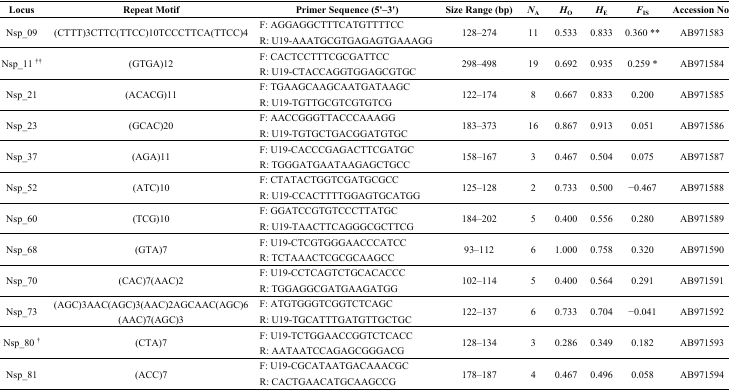
<table><thead><tr><td><b>Locus</b></td><td><b>Repeat Motif</b></td><td><b>Primer Sequence (5&#x27;–3&#x27;)</b></td><td><b>Size Range (bp)</b></td><td><b><i>N</i><sub>A</sub></b></td><td><b><i>H</i><sub>O</sub></b></td><td><b><i>H</i><sub>E</sub></b></td><td><b><i>F</i><sub>IS</sub></b></td><td><b>Accession No.</b></td></tr></thead><tbody><tr><td rowspan="2">Nsp_09</td><td rowspan="2">(CTTT)3CTTC(TTCC)10TCCCTTCA(TTCC)4</td><td>F: AGGAGGCTTTCATGTTTTCC</td><td rowspan="2">128–274</td><td rowspan="2">11</td><td rowspan="2">0.533</td><td rowspan="2">0.833</td><td rowspan="2">0.360 **</td><td rowspan="2">AB971583</td></tr><tr><td>R: U19-AAATGCGTGAGAGTGAAAGG</td></tr><tr><td rowspan="2">Nsp_11 <sup>††</sup></td><td rowspan="2">(GTGA)12</td><td>F: CACTCCTTTCGCGATTCC</td><td rowspan="2">298–498</td><td rowspan="2">19</td><td rowspan="2">0.692</td><td rowspan="2">0.935</td><td rowspan="2">0.259 *</td><td rowspan="2">AB971584</td></tr><tr><td>R: U19-CTACCAGGTGGAGCGTGC</td></tr><tr><td rowspan="2">Nsp_21</td><td rowspan="2">(ACACG)11</td><td>F: TGAAGCAAGCAATGATAAGC</td><td rowspan="2">122–174</td><td rowspan="2">8</td><td rowspan="2">0.667</td><td rowspan="2">0.833</td><td rowspan="2">0.200</td><td rowspan="2">AB971585</td></tr><tr><td>R: U19-TGTTGCGTCGTGTCG</td></tr><tr><td rowspan="2">Nsp_23</td><td rowspan="2">(GCAC)20</td><td>F: AACCGGGTTACCCAAAGG</td><td rowspan="2">183–373</td><td rowspan="2">16</td><td rowspan="2">0.867</td><td rowspan="2">0.913</td><td rowspan="2">0.051</td><td rowspan="2">AB971586</td></tr><tr><td>R: U19-TGTGCTGACGGATGTGC</td></tr><tr><td rowspan="2">Nsp_37</td><td rowspan="2">(AGA)11</td><td>F: U19-CACCCGAGACTTCGATGC</td><td rowspan="2">158–167</td><td rowspan="2">3</td><td rowspan="2">0.467</td><td rowspan="2">0.504</td><td rowspan="2">0.075</td><td rowspan="2">AB971587</td></tr><tr><td>R: TGGGATGAATAAGAGCTGCC</td></tr><tr><td rowspan="2">Nsp_52</td><td rowspan="2">(ATC)10</td><td>F: CTATACTGGTCGATGCGCC</td><td rowspan="2">125–128</td><td rowspan="2">2</td><td rowspan="2">0.733</td><td rowspan="2">0.500</td><td rowspan="2">−0.467</td><td rowspan="2">AB971588</td></tr><tr><td>R: U19-CCACTTTTGGAGTGCATGG</td></tr><tr><td rowspan="2">Nsp_60</td><td rowspan="2">(TCG)10</td><td>F: GGATCCGTGTCCCTTATGC</td><td rowspan="2">184–202</td><td rowspan="2">5</td><td rowspan="2">0.400</td><td rowspan="2">0.556</td><td rowspan="2">0.280</td><td rowspan="2">AB971589</td></tr><tr><td>R: U19-TAACTTCAGGGCGCTTCG</td></tr><tr><td rowspan="2">Nsp_68</td><td rowspan="2">(GTA)7</td><td>F: U19-CTCGTGGGAACCCATCC</td><td rowspan="2">93–112</td><td rowspan="2">6</td><td rowspan="2">1.000</td><td rowspan="2">0.758</td><td rowspan="2">0.320</td><td rowspan="2">AB971590</td></tr><tr><td>R: TCTAAACTCGCGCAAGCC</td></tr><tr><td rowspan="2">Nsp_70</td><td rowspan="2">(CAC)7(AAC)2</td><td>F: U19-CCTCAGTCTGCACACCC</td><td rowspan="2">102–114</td><td rowspan="2">5</td><td rowspan="2">0.400</td><td rowspan="2">0.564</td><td rowspan="2">0.291</td><td rowspan="2">AB971591</td></tr><tr><td>R: TGGAGGCGATGAAGATGG</td></tr><tr><td rowspan="2">Nsp_73</td><td rowspan="2">(AGC)3AAC(AGC)3(AAC)2AGCAAC(AGC)6(AAC)7(AGC)3</td><td>F: ATGTGGGTCGGTCTCAGC</td><td rowspan="2">122–137</td><td rowspan="2">6</td><td rowspan="2">0.733</td><td rowspan="2">0.704</td><td rowspan="2">−0.041</td><td rowspan="2">AB971592</td></tr><tr><td>R: U19-TGCATTTGATGTTGCTGC</td></tr><tr><td rowspan="2">Nsp_80 <sup>†</sup></td><td rowspan="2">(CTA)7</td><td>F: U19-TCTGGAACCGGTCTCACC</td><td rowspan="2">128–134</td><td rowspan="2">3</td><td rowspan="2">0.286</td><td rowspan="2">0.349</td><td rowspan="2">0.182</td><td rowspan="2">AB971593</td></tr><tr><td>R: AATAATCCAGAGCGGGACG</td></tr><tr><td rowspan="2">Nsp_81</td><td rowspan="2">(ACC)7</td><td>F: U19-CGCATAATGACAAACGC</td><td rowspan="2">178–187</td><td rowspan="2">4</td><td rowspan="2">0.467</td><td rowspan="2">0.496</td><td rowspan="2">0.058</td><td rowspan="2">AB971594</td></tr><tr><td>R: CACTGAACATGCAAGCCG</td></tr></tbody></table>